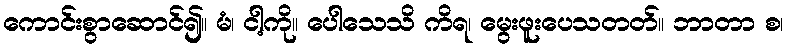
ကောင်းစွာဆောင်၍။ မံ၊ ငါ့ကို။ ပေါသေသိ ကိရ၊ မွေးဖူးပေသတတ်။ ဘာတာ စ၊